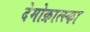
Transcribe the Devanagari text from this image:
देमोक्रात्स्का